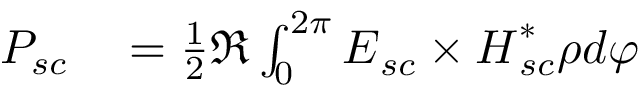
\begin{array} { r l } { P _ { s c } } & { { } = \frac { 1 } { 2 } \Re \int _ { 0 } ^ { 2 \pi } \boldsymbol { E } _ { s c } \times \boldsymbol { H } _ { s c } ^ { * } \rho d \varphi } \end{array}